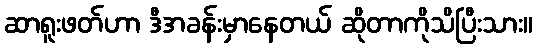
ဆာရူးဖတ်ဟာ ဒီအခန်းမှာနေတယ် ဆိုတာကိုသိပြီးသား။